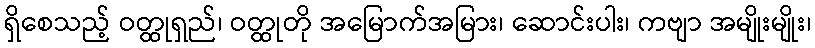
ရှိစေသည့် ဝတ္ထုရှည်၊ ဝတ္ထုတို အမြောက်အမြား၊ ဆောင်းပါး၊ ကဗျာ အမျိုးမျိုး၊